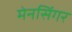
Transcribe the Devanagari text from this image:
मेनसिंगर